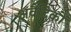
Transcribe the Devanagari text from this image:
अवैदिकों